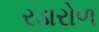
રડારોળ